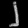
Digit: ၂